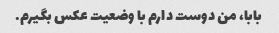
بابا، من دوست دارم با وضعیت عکس بگیرم.